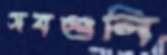
সবগুলি